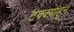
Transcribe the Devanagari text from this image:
टक्क्य़ांहून